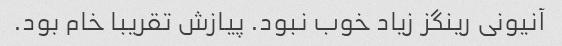
آنیونی رینگز زیاد خوب نبود. پیازش تقریبا خام بود.